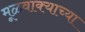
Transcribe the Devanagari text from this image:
मूळवाक्याच्या